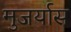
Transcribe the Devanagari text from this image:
मुजर्यास